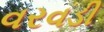
વરવડી